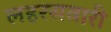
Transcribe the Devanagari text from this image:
लहरसवारी